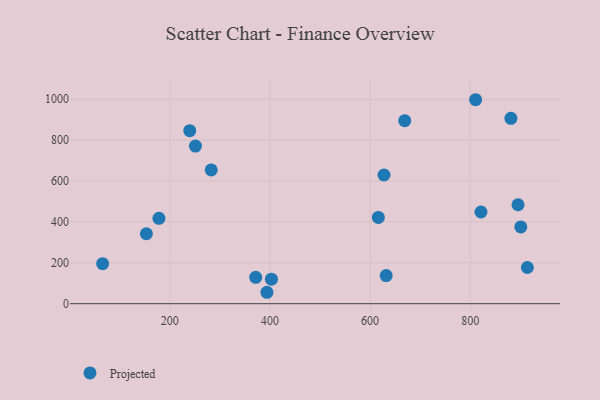
{"axis": {"x": "Engine Size", "y": "Profit"}, "legend": ["Projected"], "data": [{"x": "251.1", "y": 770.3, "type": "Projected"}, {"x": "393.9", "y": 55.8, "type": "Projected"}, {"x": "282.6", "y": 653.8, "type": "Projected"}, {"x": "178.2", "y": 417.2, "type": "Projected"}, {"x": "881.2", "y": 906.0, "type": "Projected"}, {"x": "810.7", "y": 997.1, "type": "Projected"}, {"x": "669.1", "y": 894.6, "type": "Projected"}, {"x": "239.7", "y": 845.6, "type": "Projected"}, {"x": "616.4", "y": 421.5, "type": "Projected"}, {"x": "402.9", "y": 119.6, "type": "Projected"}, {"x": "153.1", "y": 341.9, "type": "Projected"}, {"x": "914.1", "y": 176.8, "type": "Projected"}, {"x": "821.4", "y": 448.2, "type": "Projected"}, {"x": "627.7", "y": 629.0, "type": "Projected"}, {"x": "895.4", "y": 483.7, "type": "Projected"}, {"x": "632.1", "y": 137.6, "type": "Projected"}, {"x": "371.5", "y": 128.7, "type": "Projected"}, {"x": "901.0", "y": 375.1, "type": "Projected"}, {"x": "65.7", "y": 195.4, "type": "Projected"}]}